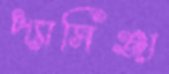
প্যাসিঞ্জা